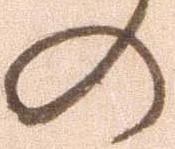
の